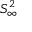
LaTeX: S _ { \infty } ^ { 2 }